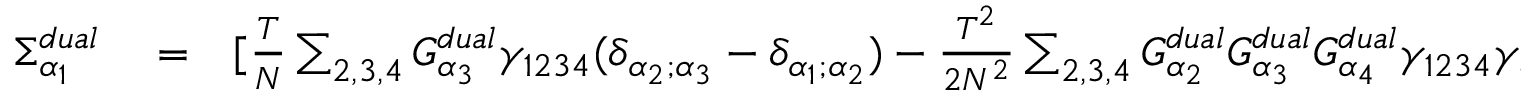
\begin{array} { r l r } { \Sigma _ { \alpha _ { 1 } } ^ { d u a l } } & { { } = } & { [ \frac { T } { N } \sum _ { 2 , 3 , 4 } G _ { \alpha _ { 3 } } ^ { d u a l } \gamma _ { 1 2 3 4 } ( \delta _ { \alpha _ { 2 } ; \alpha _ { 3 } } - \delta _ { \alpha _ { 1 } ; \alpha _ { 2 } } ) - \frac { T ^ { 2 } } { 2 N ^ { 2 } } \sum _ { 2 , 3 , 4 } G _ { \alpha _ { 2 } } ^ { d u a l } G _ { \alpha _ { 3 } } ^ { d u a l } G _ { \alpha _ { 4 } } ^ { d u a l } \gamma _ { 1 2 3 4 } \gamma _ { 4 3 2 1 } ] \delta _ { \alpha _ { 1 } + \alpha _ { 3 } ; \alpha _ { 2 } + \alpha _ { 4 } } . } \end{array}